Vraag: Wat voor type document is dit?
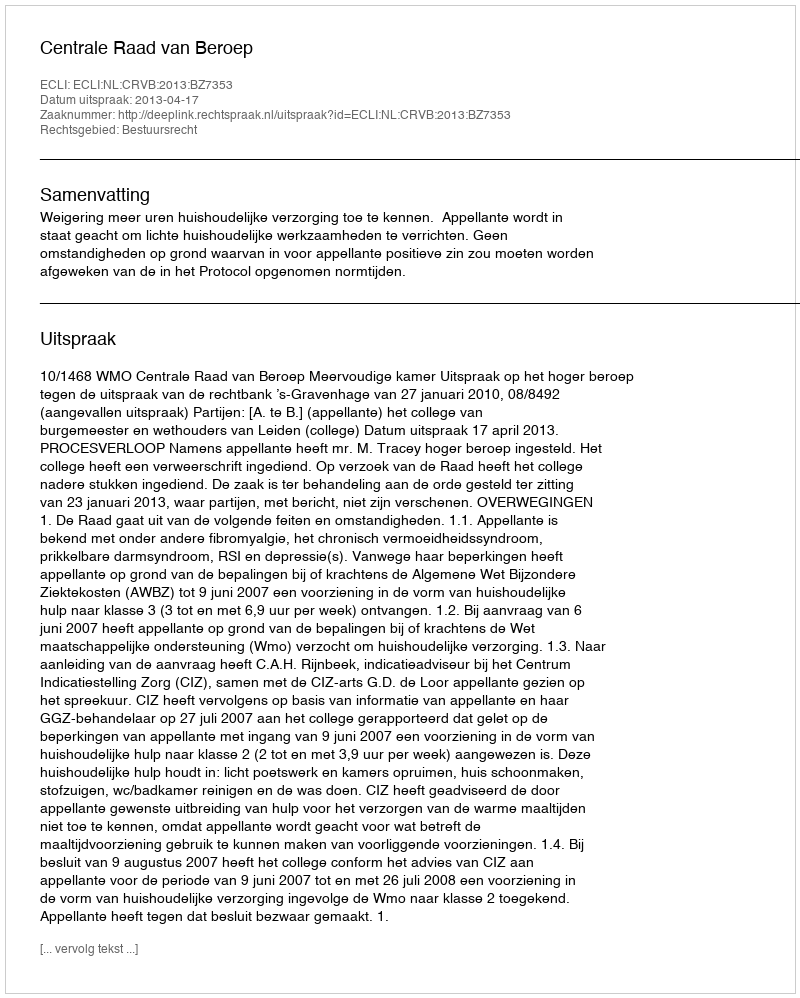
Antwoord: Uitspraak